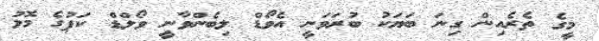
މީގެ ތެރެއިން ގިނަ ބަޔަކު ބުރަވަނީ އެވޯޑް ލިބެންވާނީ ވޯލްޑް ކަޕުގެ މޮޅު